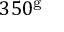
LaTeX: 3 5 0 ^ { \mathrm { g } }